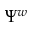
\Psi ^ { w }